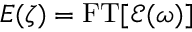
E ( \zeta ) = \operatorname { F T } [ \mathcal { E } ( \omega ) ]